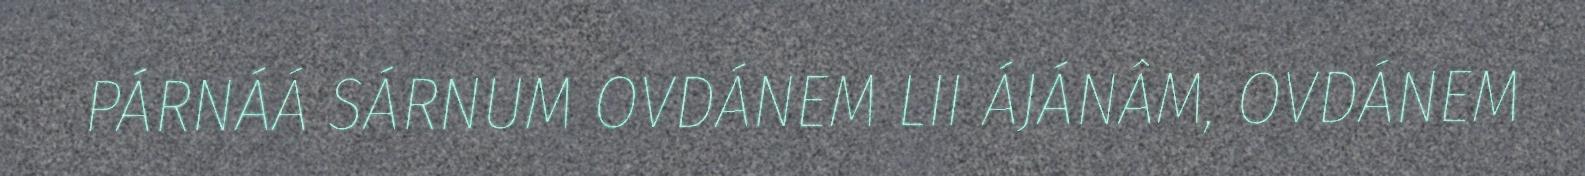
PÁRNÁÁ SÁRNUM OVDÁNEM LII ÁJÁNÂM, OVDÁNEM